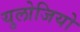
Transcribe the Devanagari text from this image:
युलोजियो